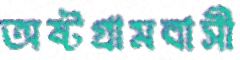
অষ্টগ্রামবাসী